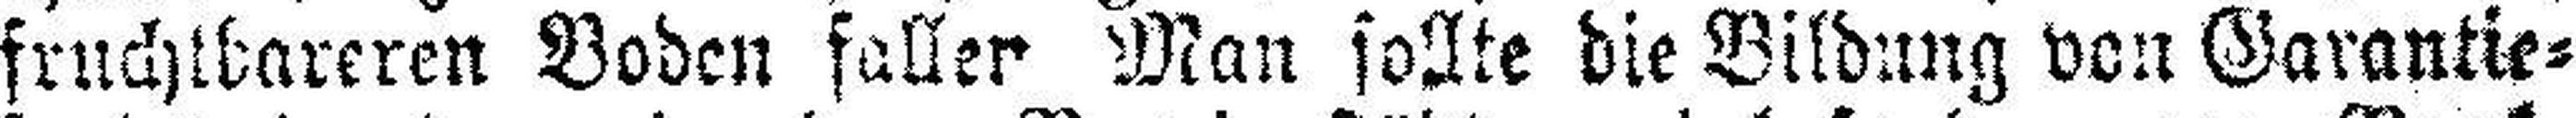
fruchtbareren Boden faller Man sollte die Bildung von Garantie¬